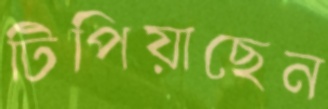
টিপিয়াছেন